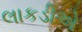
લાકડીએ